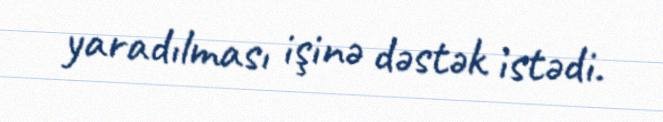
yaradılması işinə dəstək istədi.